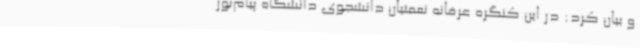
و بیان کرد: در این کنگره عرفانه نعمتیان دانشجوی دانشگاه‌ پیام‌نور